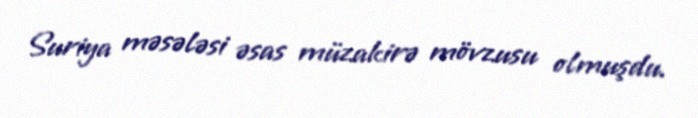
Suriya məsələsi əsas müzakirə mövzusu olmuşdu.